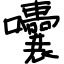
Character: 囔